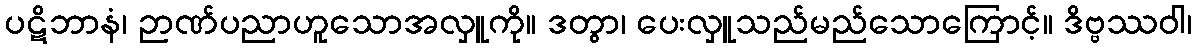
ပဋိဘာနံ၊ ဉာဏ်ပညာဟူသောအလှူကို။ ဒတွာ၊ ပေးလှူသည်မည်သောကြောင့်။ ဒိဗ္ဗဿဝါ၊